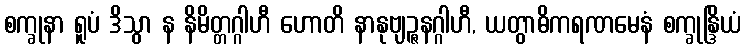
စက္ခုနာ ရူပံ ဒိသွာ န နိမိတ္တဂ္ဂါဟီ ဟောတိ နာနုဗျဉ္ဇနဂ္ဂါဟီ, ယတွာဓိကရဏမေနံ စက္ခုန္ဒြိယံ